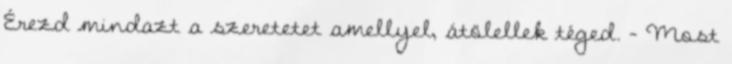
Érezd mindazt a szeretetet amellyel, átölellek téged. - Most